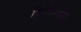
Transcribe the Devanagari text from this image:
हिरोनिमस